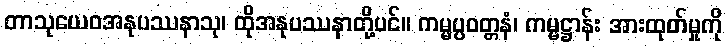
တာသုယေဝအနုပဿနာသု၊ ထိုအနုပဿနာတို့ပင်။ ကမ္မပ္ပဝတ္တနံ၊ ကမ္မဋ္ဌာန်း အားထုတ်မှုကို